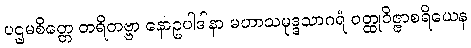
ပဌမစိတ္တေ တရိတဗ္ဗာ နောဥပါဒါနာ မဟာသမုဒ္ဒသာဂရံ ဝတ္ထုဝိဇ္ဇာစရိယေန